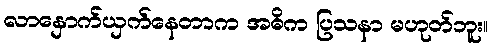
လာနှောက်ယှက်နေတာက အဓိက ပြသနာ မဟုတ်ဘူး။